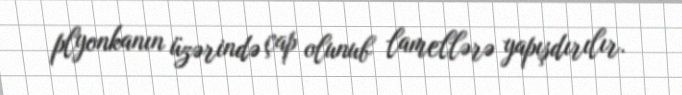
plyonkanın üzərində çap olunub lamellərə yapışdırılır.